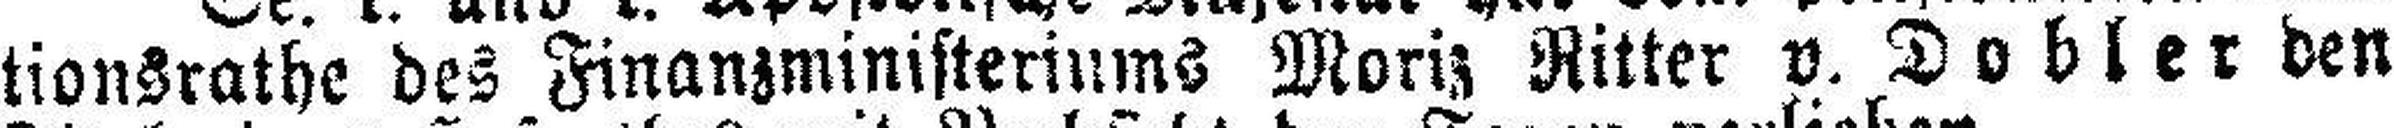
tionsrathe des Finanzministeriums Moriz Ritter v. Dobler den